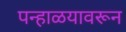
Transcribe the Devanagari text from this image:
पन्हाळयावरून